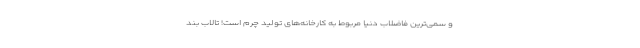
و سمی‌ترین فاضلاب دنیا مربوط به کارخانه‌های تولید چرم است! تالاب بند